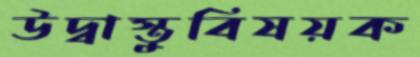
উদ্বাস্তুবিষয়ক